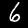
Digit: 6